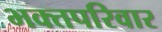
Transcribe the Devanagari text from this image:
भक्तपरिवार